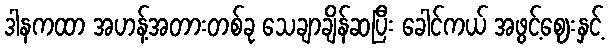
ဒါနကထာ အဟန့်အတားတစ်ခု သေချာချိန်ဆပြီး ခေါင်ကယ် အဖွင့်ဈေးနှင့်